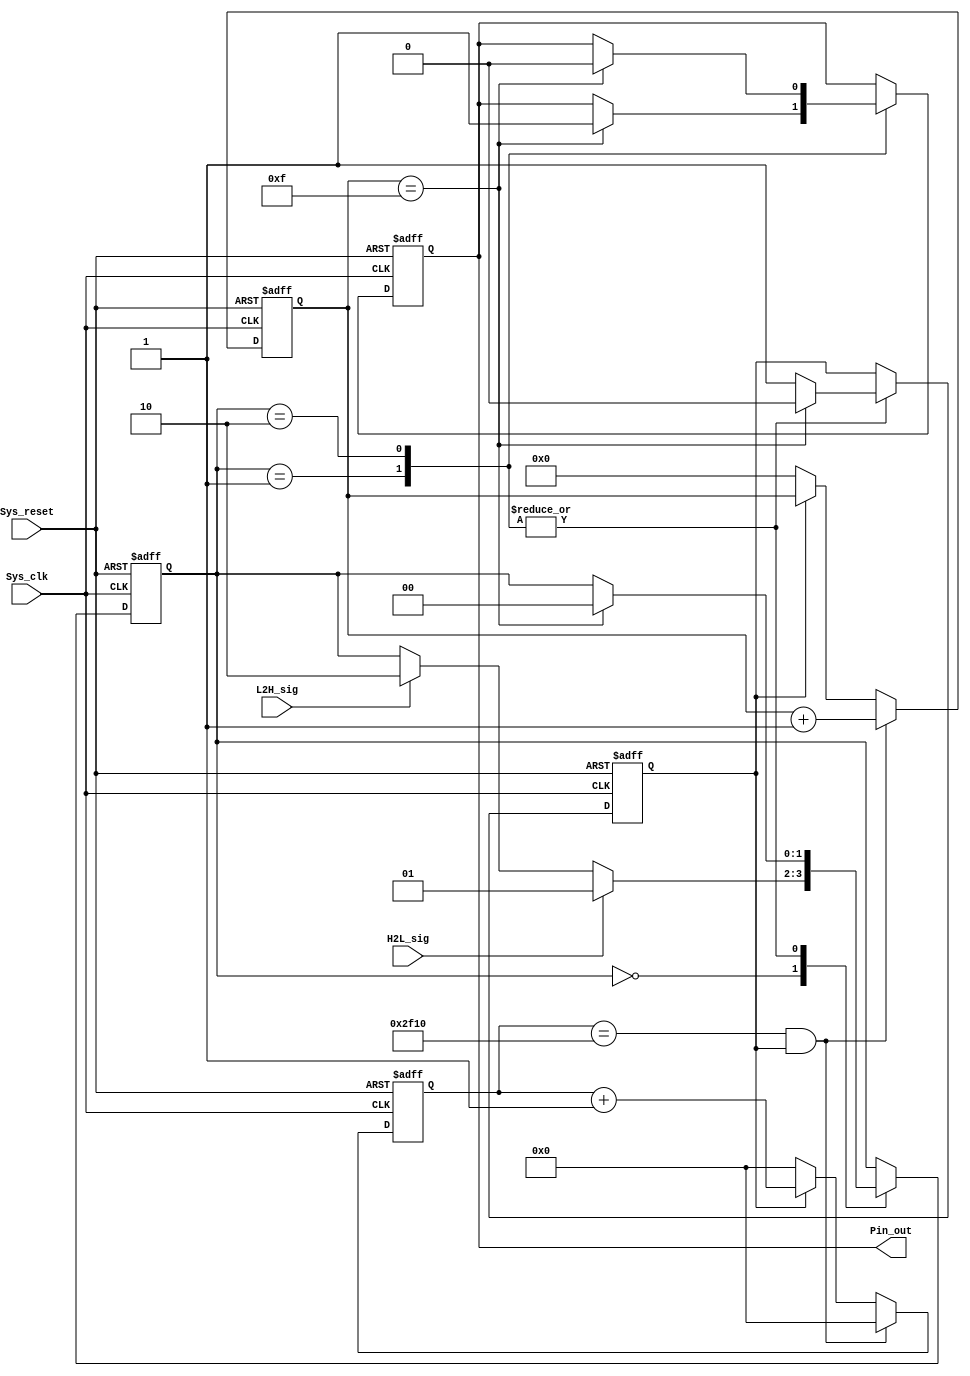
//`timescale 1ps/1ps
module delay(
						input Sys_clk,//12Mhz
						input H2L_sig,
						input L2H_sig,
						input Sys_reset,
						output Pin_out
					);
parameter T1ms =14 'd12048;//1ms
//***************************************
//1ms count
//*************************
reg [13:0] cnt_1;
reg cnt_En;
always @ (posedge Sys_clk or negedge Sys_reset)
	if(!Sys_reset)
		cnt_1 <= 14'd0;
	else if(cnt_1 == T1ms  && cnt_En)// cnt_En is enable counter
				cnt_1 <= 14'd0;
	else if(cnt_En)
			cnt_1 <= cnt_1+1'b1;
	else if(!cnt_En)
			cnt_1 <= 1'd0;
			
//*************
//15ms count
//***************
reg [3:0] count_ms;

always @ (posedge Sys_clk or negedge Sys_reset)
	if(!Sys_reset)
		begin
			count_ms <= 4'd0;
		end 
	else if (cnt_En && cnt_1 ==T1ms)
				count_ms <= count_ms +1'b1;
	else if(!cnt_En)
			count_ms <= 1'b0;
///********************************************************

reg Pin_out_r;
reg [1:0] i;
always @ (posedge Sys_clk or negedge Sys_reset)
	if(!Sys_reset)
		begin
			i <= 2'd0;
			Pin_out_r <= 1'b0;
			cnt_En <= 1'b0;
		end
	else case(i)
				2'd0: 
					if(H2L_sig)
						begin
							i <= 2'd1;
						end 
					else if(L2H_sig)
							i <= 2'd2;
					2'd1:
						if(count_ms ==4'd15)
							begin
								cnt_En <= 1'b0;
								Pin_out_r <= 1'b1;
								i <= 2'd0;
							end 
						else cnt_En <= 1'b1;
					2'd2:
						if(count_ms ==4'd15)
							begin
								cnt_En <= 1'b0;
								Pin_out_r <= 1'b0;
								i <= 2'd0;
							end 
						else cnt_En <= 1'b1;
			endcase
//**************************************			
assign Pin_out = Pin_out_r;
endmodule